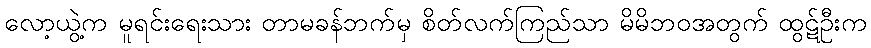
လော့ယွဲ့က မူရင်းရေးသား တာမခန်ဘက်မှ စိတ်လက်ကြည်သာ မိမိဘဝအတွက် ထွဋ်ဦးက